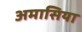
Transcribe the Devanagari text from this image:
अमासिया